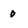
Character: 0